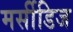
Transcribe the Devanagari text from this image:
मर्सीडिज